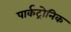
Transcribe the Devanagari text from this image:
पार्कट्रोनिक